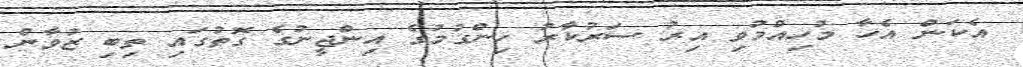
އެކަން އެހާ މުހިއްމުވި އިރު ސަރުކާރު ހިންގުމުގެ އިންޖީނުގެ ގޮތުގައި ތިބި ޒުވާން